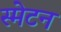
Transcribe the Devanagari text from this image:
स्मेटन